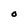
Character: O